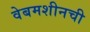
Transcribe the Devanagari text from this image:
वेबमशीनची